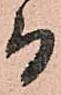
而